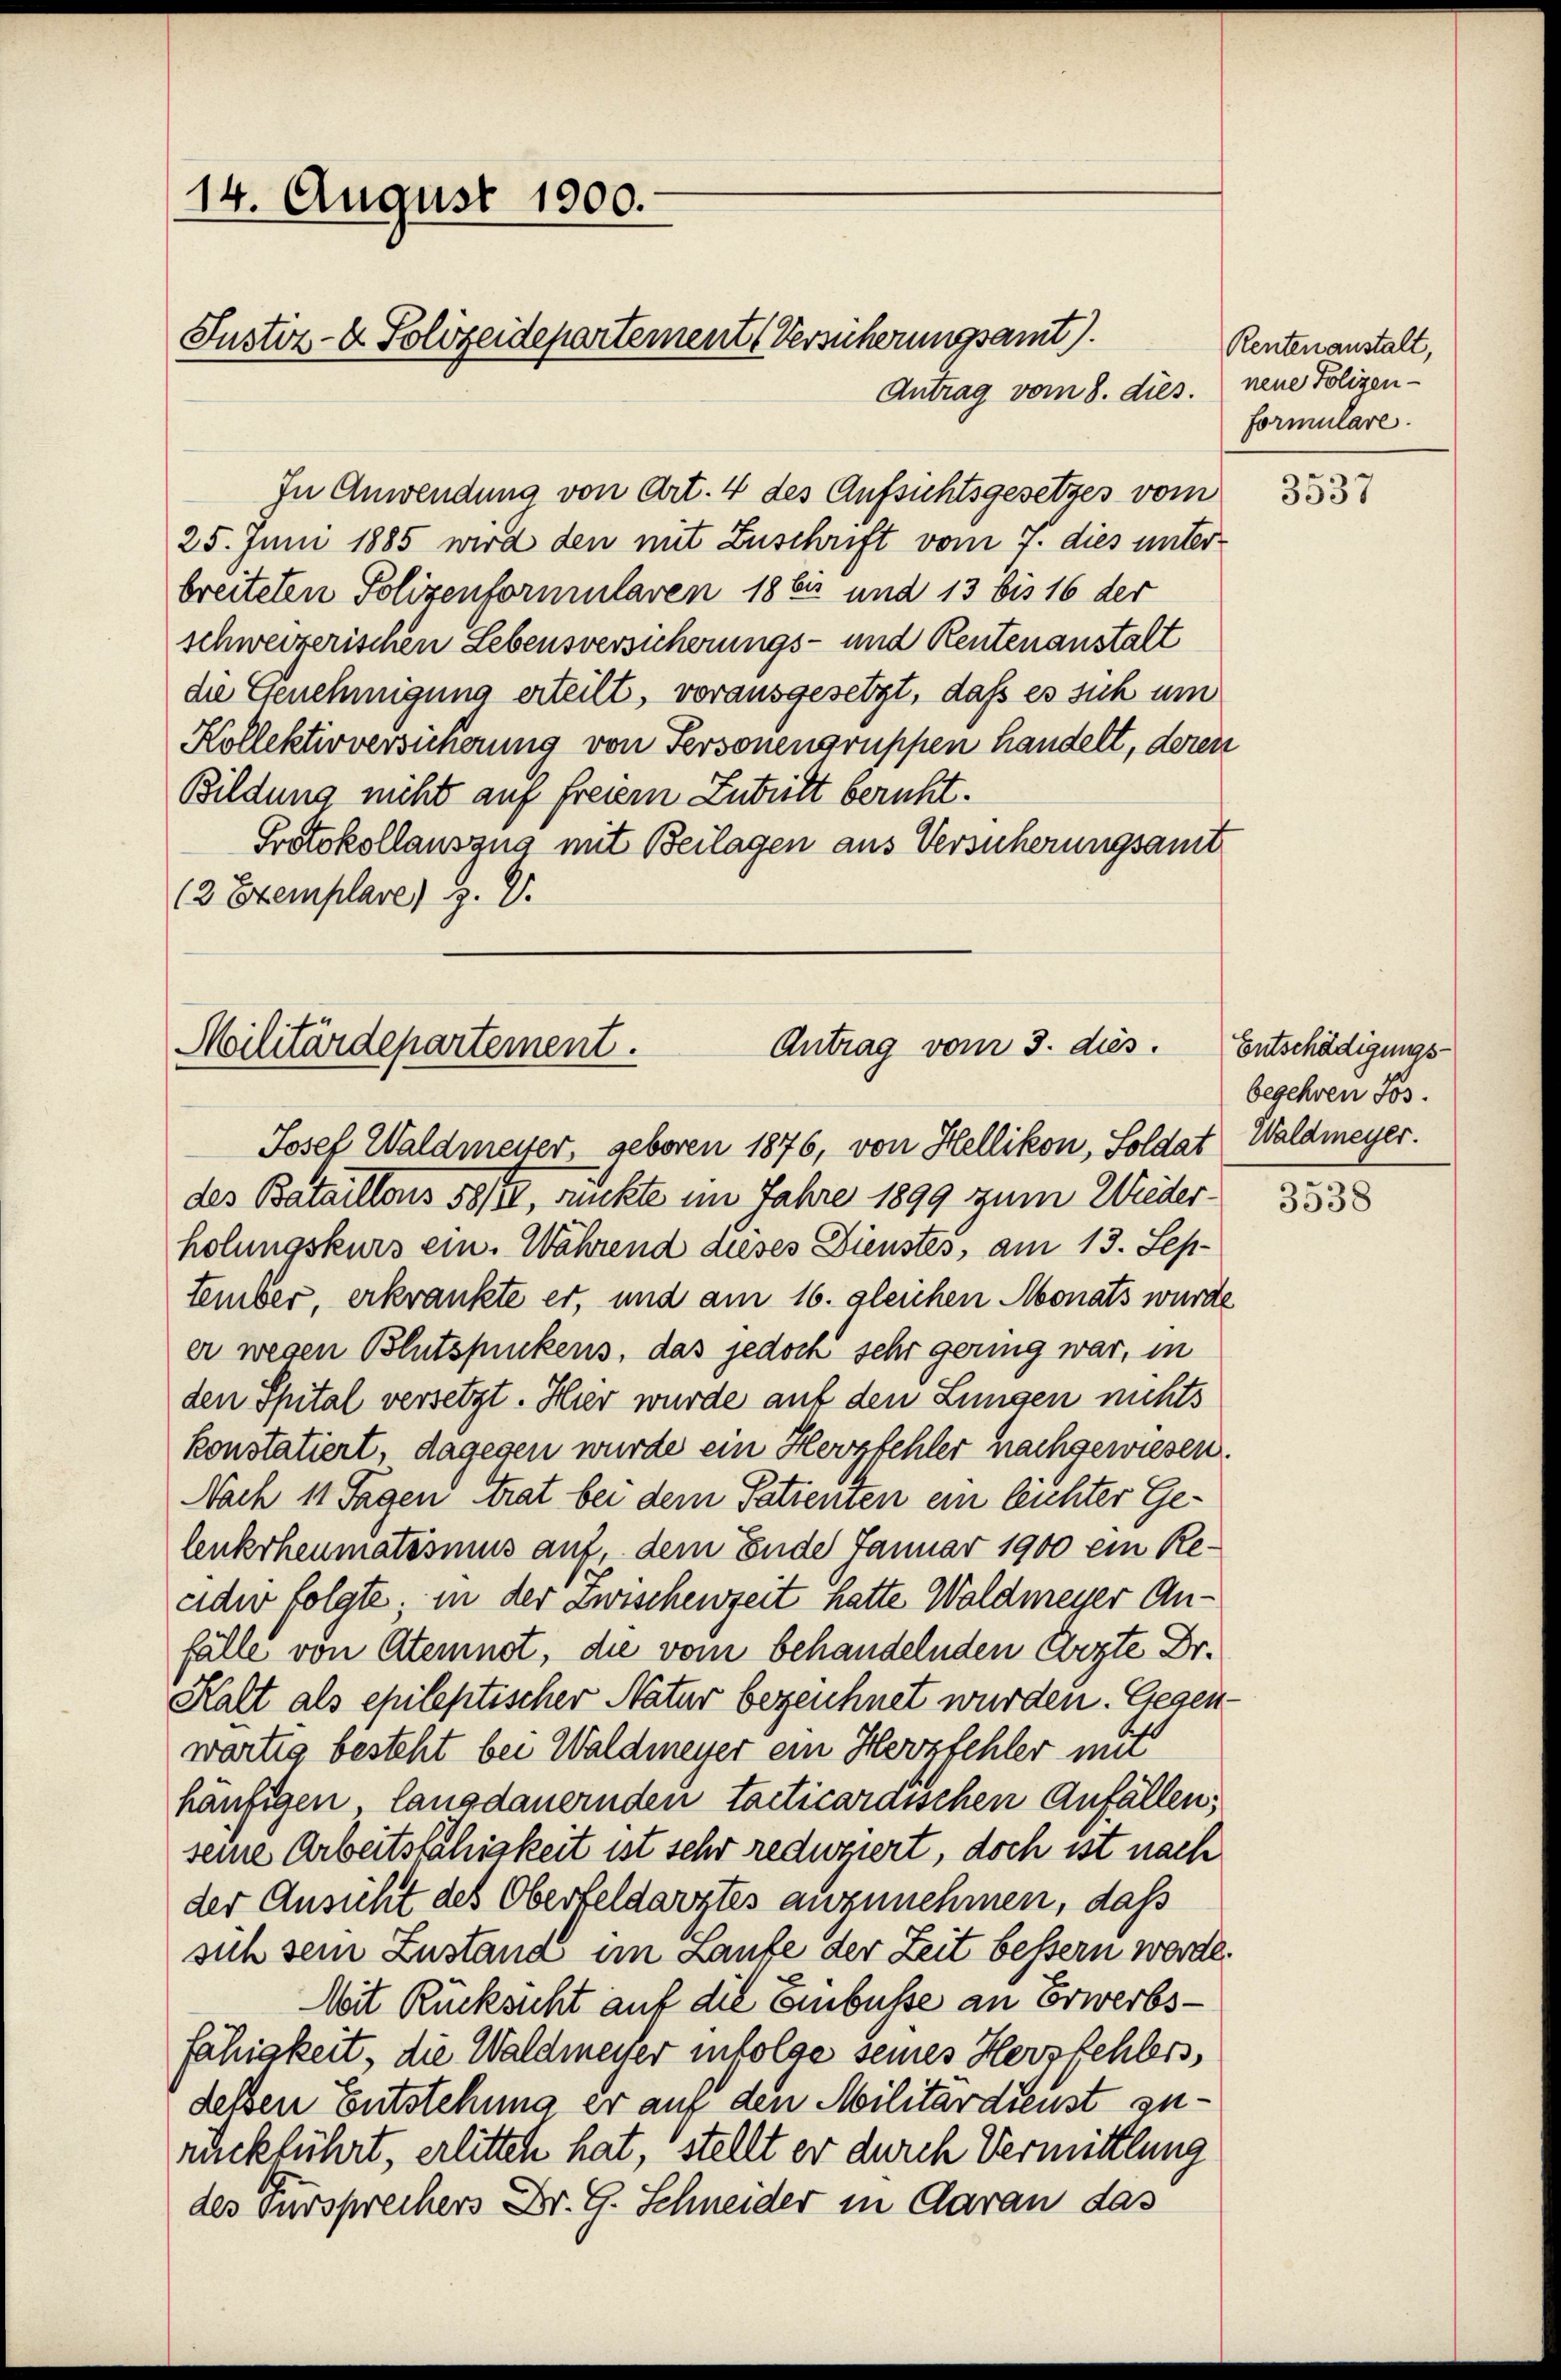
14. August 1900.
Justiz- & Polizeidepartement (Versicherungsamt).

Antrag vom 8. dies. neue Polizen-
In Anwendung von Art. 4 des Aufsichtsgesetzes vom
25. Juni 1885 wird den mit Zuschrift vom 7. dies unter
breiteten Polizenformularen 18 bis und 13 bis 16 der
schweizerischen Lebensversicherungs- und Rentenanstalt
die Genehmigung erteilt, vorausgesetzt, daß es sich um
Kollektivversicherung von Personengruppen handelt, deren
Bildung nicht auf freiern Zutritt beruht.
Protokollauszug mit Beilagen aus Versicherungsamt
12 Exemplare) Z. V.

Antrag vom 3. dies
Militärdepartement.

Rentenanstalt,
formulare.

Josef Waldmeiter, geboren 1876, von Hellikon, Soldat Waldmeyer.
des Bataillons 58/10, rückte im Jahre 1899 zum Wiederholungskurs ein. Während dieses Dienstes, am 13. September, erkrankte er, und am 16. gleichen Monats wurde
er wegen Blutspunckens, das jedoch sehr gering war, in
den Spital versetzt. Hier wurde auf den Lungen nichts
konstatiert, dagegen wurde ein Herzfehler nachgewiesen.
Nach 11 Tagen trat bei dem Patienien ein leichter Ge-
lenkrheumatismus auf, dem Ende Januar 1900 ein Reaide folgte; in der zwischenzeit hatte Waldmeyer Anfälle von Atemnot, die vom behandelnden Ärzte Dr.
Kalt als epileptischer Natur bezeichnet wurden. Gegenwärtig besteht bei Waldmeyer ein Herzfehler mit
häufigen langdauernden tacticardischen Anfällen;
seine Arbeitsfähigkeit ist sehr redigiert, doch ist nach
der Ansicht des Oberfeldarztes anzunehmen, das
sich sein Zustana im Laufe der Zeit bessern werde.
Mit Rücksicht auf die Einbuße an Erwerbsfähigkeit, die Waldmeiser infolge seines Herzfehlers,
deßen Entstehung er auf den Militärdienst zurückführt, erlitten hat, stellt er durch Vermittlung
des Fürsprechers Dr. G. Schneider in Garan das

3537

Entschädigungsbegehren Jos.

3538